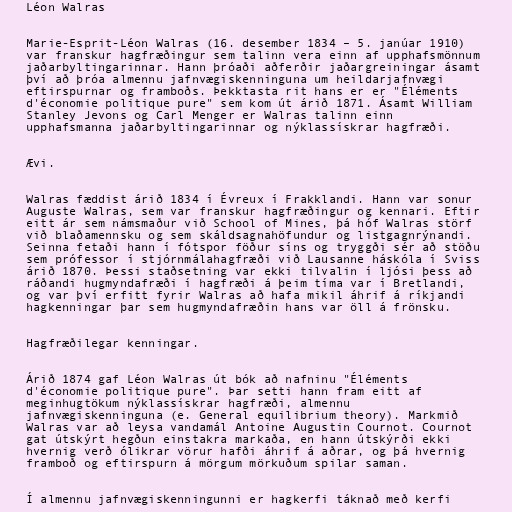
Léon Walras

Marie-Esprit-Léon Walras (16. desember 1834 – 5. janúar 1910)
var franskur hagfræðingur sem talinn vera einn af upphafsmönnum
jaðarbyltingarinnar. Hann þróaði aðferðir jaðargreiningar ásamt
því að þróa almennu jafnvægiskenninguna um heildarjafnvægi
eftirspurnar og framboðs. Þekktasta rit hans er er "Éléments
d'économie politique pure" sem kom út árið 1871. Ásamt William
Stanley Jevons og Carl Menger er Walras talinn einn
upphafsmanna jaðarbyltingarinnar og nýklassískrar hagfræði.

Ævi.

Walras fæddist árið 1834 í Évreux í Frakklandi. Hann var sonur
Auguste Walras, sem var franskur hagfræðingur og kennari. Eftir
eitt ár sem námsmaður við School of Mines, þá hóf Walras störf
við blaðamennsku og sem skáldsagnahöfundur og listgagnrýnandi.
Seinna fetaði hann í fótspor föður síns og tryggði sér að stöðu
sem prófessor í stjórnmálahagfræði við Lausanne háskóla í Sviss
árið 1870. Þessi staðsetning var ekki tilvalin í ljósi þess að
ráðandi hugmyndafræði í hagfræði á þeim tíma var í Bretlandi,
og var því erfitt fyrir Walras að hafa mikil áhrif á ríkjandi
hagkenningar þar sem hugmyndafræðin hans var öll á frönsku.

Hagfræðilegar kenningar.

Árið 1874 gaf Léon Walras út bók að nafninu "Éléments
d'économie politique pure". Þar setti hann fram eitt af
meginhugtökum nýklassískrar hagfræði, almennu
jafnvægiskenninguna (e. General equilibrium theory). Markmið
Walras var að leysa vandamál Antoine Augustin Cournot. Cournot
gat útskýrt hegðun einstakra markaða, en hann útskýrði ekki
hvernig verð ólikrar vörur hafði áhrif á aðrar, og þá hvernig
framboð og eftirspurn á mörgum mörkuðum spilar saman.

Í almennu jafnvægiskenningunni er hagkerfi táknað með kerfi